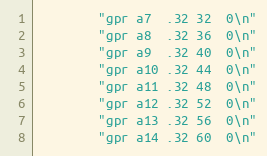
Language: C
		"gpr	a7	.32	32	0\n"
		"gpr	a8	.32	36	0\n"
		"gpr	a9	.32	40	0\n"
		"gpr	a10	.32	44	0\n"
		"gpr	a11	.32	48	0\n"
		"gpr	a12	.32	52	0\n"
		"gpr	a13	.32	56	0\n"
		"gpr	a14	.32	60	0\n"